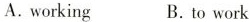
A.working B.work